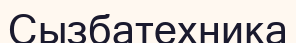
Сызбатехника